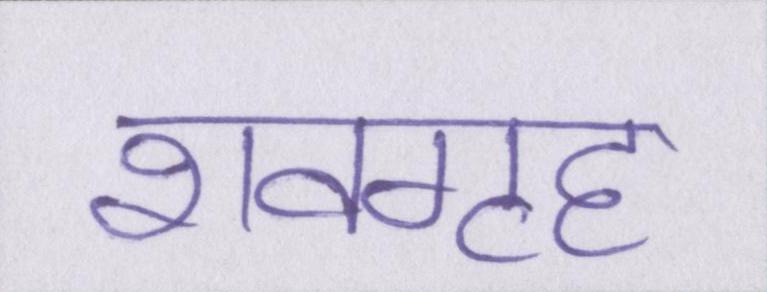
शवगृह